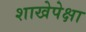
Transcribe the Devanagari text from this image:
शाखेपेक्षा